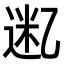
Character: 𫡮